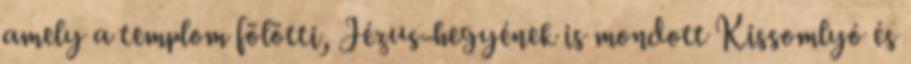
amely a templom fölötti, Jézus-hegyének is mondott Kissomlyó és